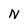
Character: N